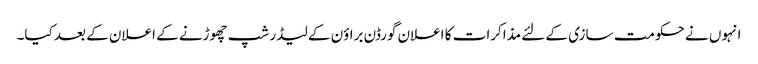
انہوں نے حکومت سازی کے لئے مذاکرات کا اعلان گورڈن براؤن کے لیڈر شپ چھوڑنے کے اعلان کے بعد کیا۔